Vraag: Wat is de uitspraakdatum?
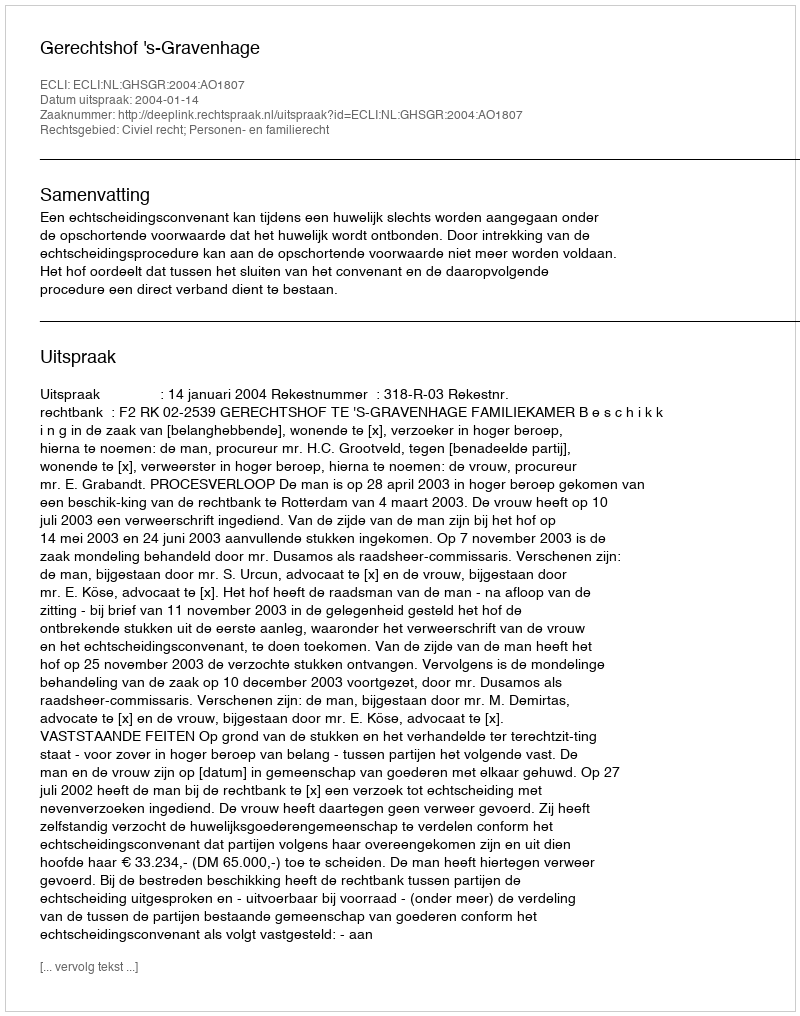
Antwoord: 2004-01-14